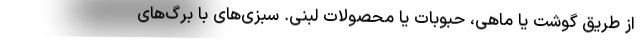
از طریق گوشت یا ماهی، حبوبات یا محصولات لبنی. سبزی‌های با برگ‌های